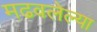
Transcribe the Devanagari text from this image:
मढवलेल्या